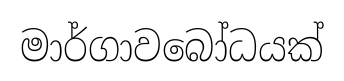
මාර්ගාවබෝධයක්